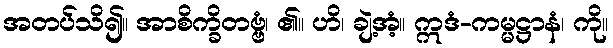
အတပ်သိ၍။ အာစိက္ခိတဗ္ဗံ၊ ၏။ ဟိ၊ ချဲ့အံ့။ ဣဒံ-ကမ္မဋ္ဌာနံ၊ ကို။